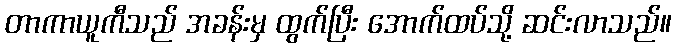
တာကာယူကီသည် အခန်းမှ ထွက်ပြီး အောက်ထပ်သို့ ဆင်းလာသည်။